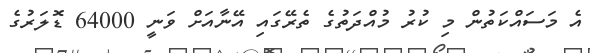
އެ މަސައްކަތުން މި ކުރު މުއްދަތުގެ ތެރޭގައި އޭނާއަށް ވަނީ 64000 ޑޮލަރުގެ